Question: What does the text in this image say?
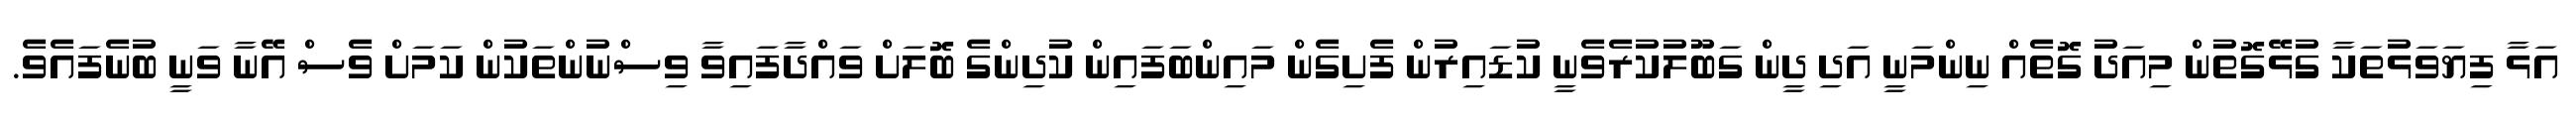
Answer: އަޅާ ފިޔަވަޅުތަކާ ގުޅޭގޮތުން މިއަދު ގޮތެއް ނިންމަނީ އަދި ދީން ގަބޫލުކުރެވެނީ ކުޑައިރުން ފެށިގެން މައިންބަފައިން ކުދިންގެ ބޮލަށް ވައްދާފައިވާ ވިސްނުންތަކުން ކަމަށް ވެސް އޭނާ ވަނީ ބުނެފައެވެ.